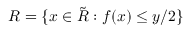
R = \{ x \in \tilde { R } : f ( x ) \leq y / 2 \}